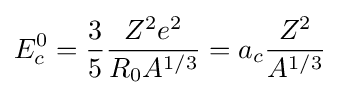
E_{c}^{0}={\frac {3}{5}}{\frac {Z^{2}e^{2}}{R_{0}A^{1/3}}}=a_{c}{\frac {Z^{2}}{A^{1/3}}}